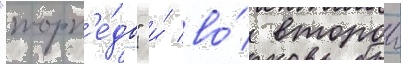
"торп'е́до" и́ во́ второи